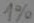
Text: 1%